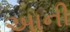
અાની